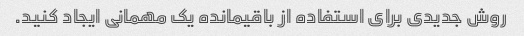
روش جدیدی برای استفاده از باقیمانده یک مهمانی ایجاد کنید.